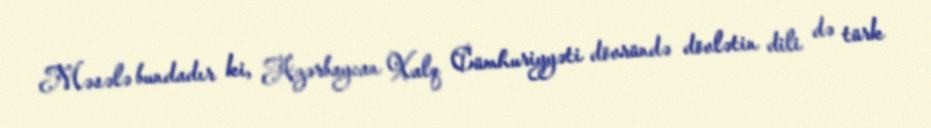
Məsələ bundadır ki, Azərbaycan Xalq Cümhuriyyəti dövründə dövlətin dili də türk